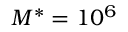
M ^ { * } = 1 0 ^ { 6 }